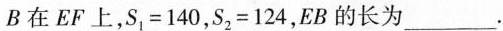
B在EF上，$$S _ { 1 } = 1 4 0$$，$$S _ { 2 } = 1 2 4$$，EB的长为___.